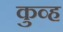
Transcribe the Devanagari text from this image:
कुव्ह